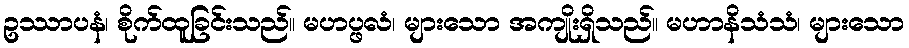
ဥဿာပနံ၊ စိုက်ထူခြင်းသည်။ မဟပ္ဖလံ၊ များသော အကျိုးရှိသည်။ မဟာနိသံသံ၊ များသော